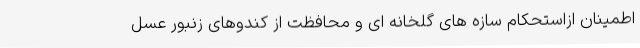
اطمینان ازاستحکام سازه های گلخانه ای و محافظت از کندوهای زنبور عسل